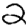
Digit: 2